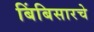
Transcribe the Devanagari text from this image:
बिंबिसारचे